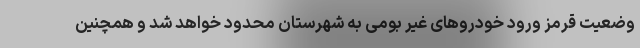
وضعیت قرمز ورود خودروهای غیر بومی به شهرستان محدود خواهد شد و همچنین